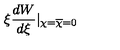
\xi \frac { d W } { d \xi } | _ { \chi = { \overline { { \chi } } } = 0 }